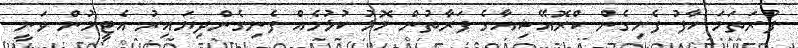
ފުރަތަމަ ހާފު ފެށިގެން ކްރޮއޭޝިއާގެ ފަރާތުން މޮޅު ކުޅުމެއް ފެނިގެންދިޔައިރު އެޓީމުން ވަނީ